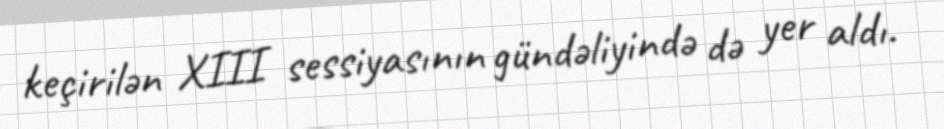
keçirilən XIII sessiyasının gündəliyində də yer aldı.